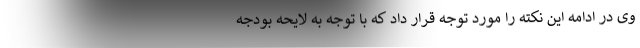
وی در ادامه این نکته را مورد توجه قرار داد که با توجه به لایحه بودجه